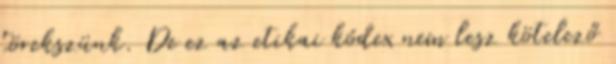
törekszünk. De ez az etikai kódex nem lesz kötelező